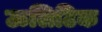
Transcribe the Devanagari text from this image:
ऊलिटिक